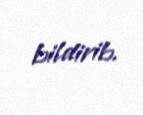
bildirib.